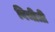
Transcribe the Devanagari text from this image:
विचीत्री